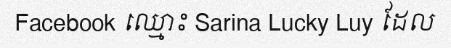
Facebook ឈ្មោះ Sarina Lucky Luy ដែល